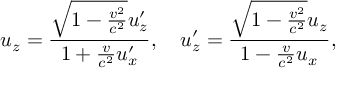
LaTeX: u _ { z } = { \frac { { \sqrt { 1 - { \frac { v ^ { 2 } } { c ^ { 2 } } } } } u _ { z } ^ { \prime } } { 1 + { \frac { v } { c ^ { 2 } } } u _ { x } ^ { \prime } } } , \quad u _ { z } ^ { \prime } = { \frac { { \sqrt { 1 - { \frac { v ^ { 2 } } { c ^ { 2 } } } } } u _ { z } } { 1 - { \frac { v } { c ^ { 2 } } } u _ { x } } } ,